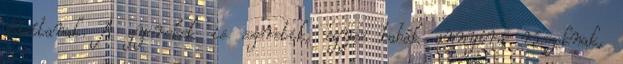
dúsítanak. A gyerekek is szeretik, egyes babák annyira rászoknak,